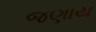
જણાય